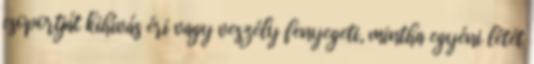
csoportját kihívás éri vagy veszély fenyegeti, mintha egyéni létét